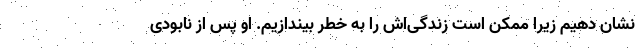
نشان دهیم زیرا ممکن است زندگی‌اش را به خطر بیندازیم. او پس از نابودی